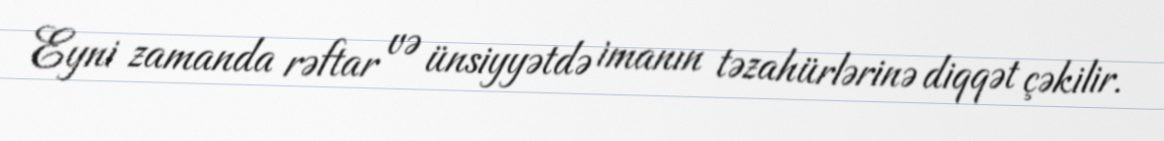
Eyni zamanda rəftar və ünsiyyətdə imanın təzahürlərinə diqqət çəkilir.